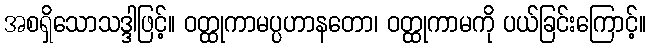
အစရှိသောသဒ္ဒါဖြင့်။ ဝတ္ထုကာမပ္ပဟာနတော၊ ဝတ္ထုကာမကို ပယ်ခြင်းကြောင့်။